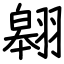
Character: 翱